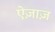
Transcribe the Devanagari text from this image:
ऐज़ाज़